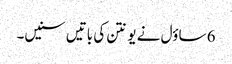
6 ساؤل نے یونتن کی باتیں سنیں۔